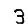
Digit: 3